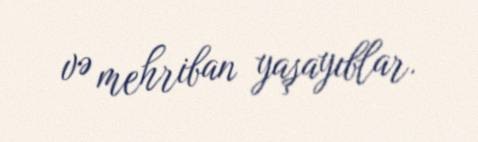
və mehriban yaşayıblar.